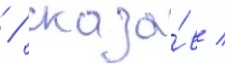
 / сказа́в /